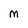
Character: M